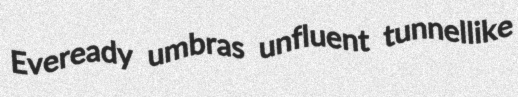
Eveready umbras unfluent tunnellike